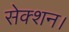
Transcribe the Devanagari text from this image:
सेक्शन।